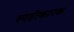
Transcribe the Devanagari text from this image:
स्पष्टीकारक